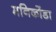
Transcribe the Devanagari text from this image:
मनिकोंडा